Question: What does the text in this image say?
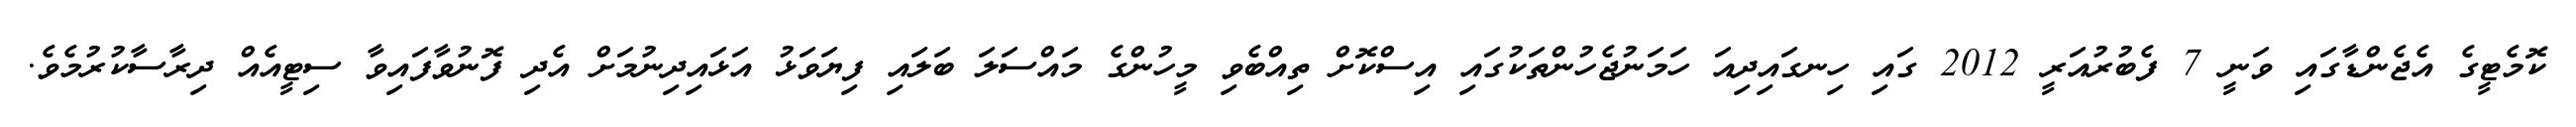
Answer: ކޮމެޓީގެ އެޖެންޑާގައި ވަނީ 7 ފެބުރުއަރީ 2012 ގައި ހިނގައިދިއަ ހަމަނުޖެހުންތަކުގައި އިސްކޮށް ތިއްބެވި މީހުންގެ މައްސަލަ ބަލައި ފިޔަވަޅު އަޅައިދިނުމަށް އެދި ފޮނުވާފައިވާ ސިޓީއެއް ދިރާސާކުރުމެވެ.